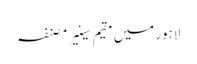
لاہور میں مقیم سینیر مصنفہ